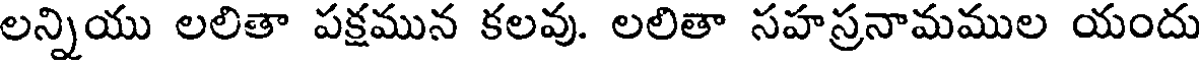
లన్నియు లలితా పక్షమున కలవు. లలితా సహస్రనామముల యందు